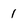
Character: 1